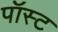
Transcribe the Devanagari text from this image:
पॉस्ट